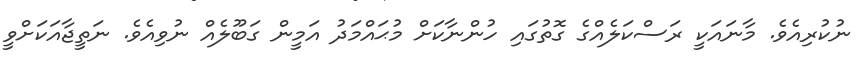
ނުކުރިއެވެ. މާނައަކީ ރަސްކަލެއްގެ ގޮތުގައި ހުންނާކަށް މުޙައްމަދު އަމީން ގަބޫލެއް ނުވިއެވެ. ނަތީޖާއަކަށްވީ